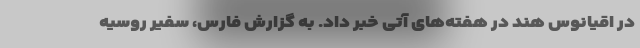
در اقیانوس هند در هفته‌های آتی خبر داد. به گزارش فارس، سفیر روسیه